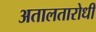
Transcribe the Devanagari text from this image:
अतालतारोधी